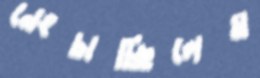
নেংচাচ্ছিলেম